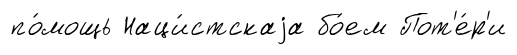
по́мощь Наци́стскаjа бо́ем Пот'е́р'и